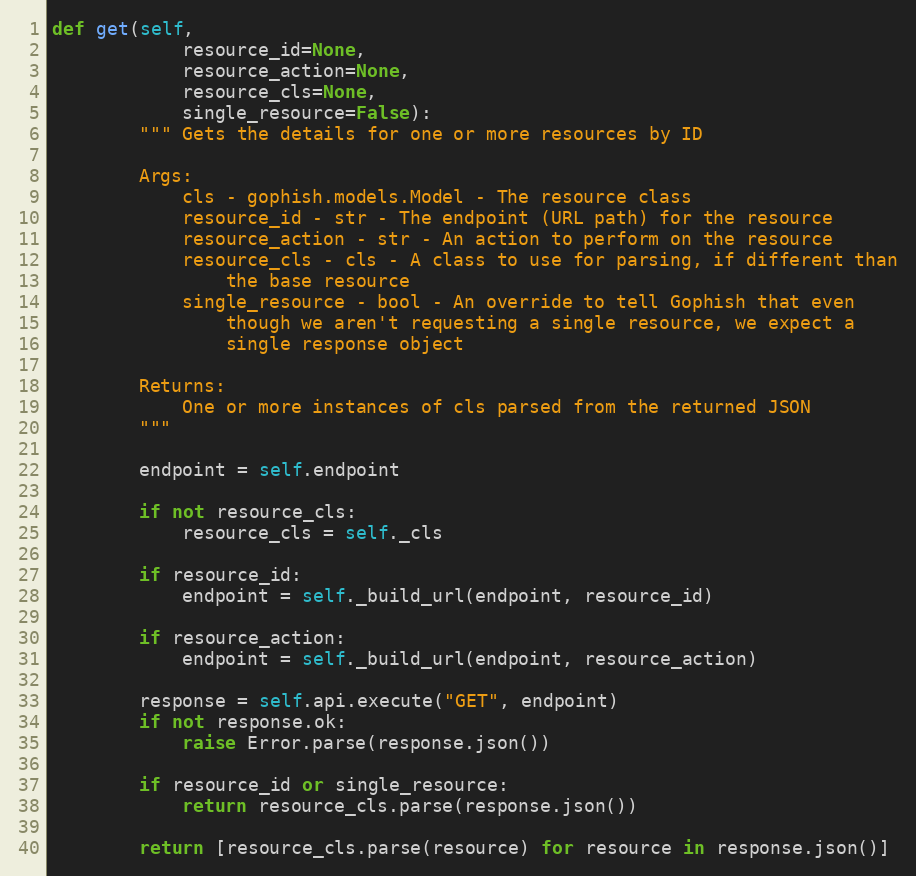
Language: Python
def get(self,
            resource_id=None,
            resource_action=None,
            resource_cls=None,
            single_resource=False):
        """ Gets the details for one or more resources by ID

        Args:
            cls - gophish.models.Model - The resource class
            resource_id - str - The endpoint (URL path) for the resource
            resource_action - str - An action to perform on the resource
            resource_cls - cls - A class to use for parsing, if different than
                the base resource
            single_resource - bool - An override to tell Gophish that even
                though we aren't requesting a single resource, we expect a
                single response object

        Returns:
            One or more instances of cls parsed from the returned JSON
        """

        endpoint = self.endpoint

        if not resource_cls:
            resource_cls = self._cls

        if resource_id:
            endpoint = self._build_url(endpoint, resource_id)

        if resource_action:
            endpoint = self._build_url(endpoint, resource_action)

        response = self.api.execute("GET", endpoint)
        if not response.ok:
            raise Error.parse(response.json())

        if resource_id or single_resource:
            return resource_cls.parse(response.json())

        return [resource_cls.parse(resource) for resource in response.json()]